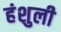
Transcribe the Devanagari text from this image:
हंशुली